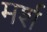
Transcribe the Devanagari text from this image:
मर्श